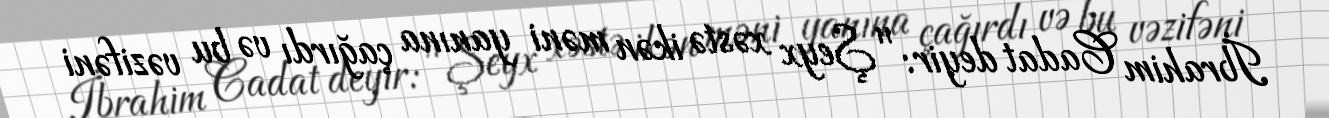
İbrahim Cadat deyir: "Şeyx xəstə ikən məni yanına çağırdı və bu vəzifəni